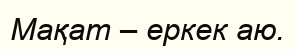
Мақат – еркек аю.